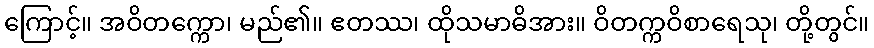
ကြောင့်။ အဝိတက္ကော၊ မည်၏။ ဧတဿ၊ ထိုသမာဓိအား။ ဝိတက္ကဝိစာရေသု၊ တို့တွင်။